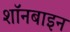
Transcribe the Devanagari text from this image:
शॉनबाइन